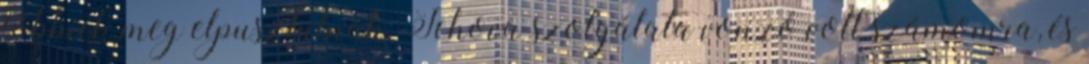
többiek meg elpusztulnak. Jehova szolgálata vonzó volt számomra, és